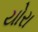
યોરા